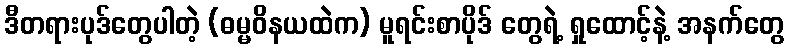
ဒီတရားပုဒ်တွေပါတဲ့ (ဓမ္မဝိနယထဲက) မူရင်းစာပိုဒ် တွေရဲ့ ရှုထောင့်နဲ့ အနက်တွေ